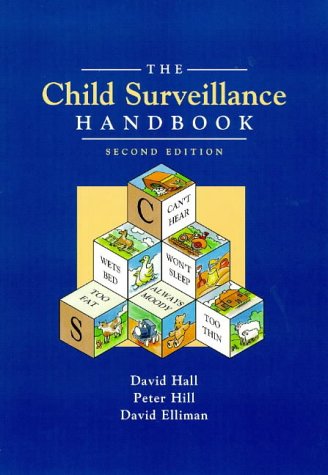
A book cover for The Child Surveillance Handbook, Second Edition; David Sales; Medical Books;